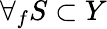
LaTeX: \forall_{f}S\subset Y